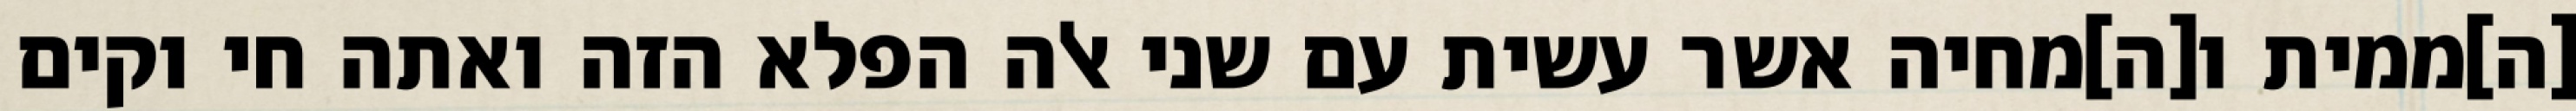
[ה]ממית ו[ה]מחיה אשר עשית עם שני אלה הפלא הזה ואתה חי וקים